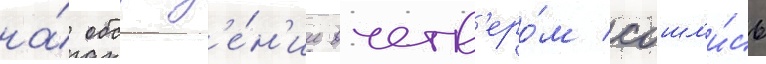
на́ обсужд'е́н'ии вчетв'еро́м сошл'и́сь